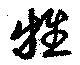
牲